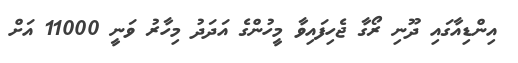
އިންޑިއާގައި ދޫނި ރޯގާ ޖެހިފައިވާ މީހުންގެ އަދަދު މިހާރު ވަނީ 11000 އަށް